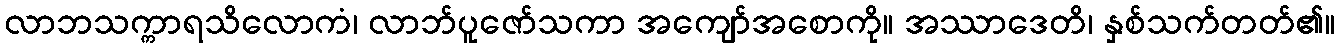
လာဘသက္ကာရသိလောကံ၊ လာဘ်ပူဇော်သကာ အကျော်အစောကို။ အဿာဒေတိ၊ နှစ်သက်တတ်၏။